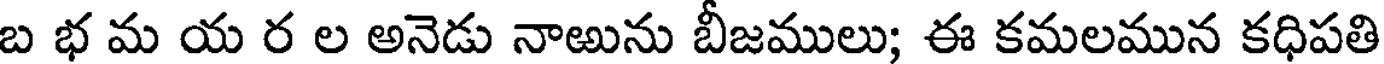
బ భ మ య ర ల అనెడు నాఱును బీజములు; ఈ కమలమున కధిపతి